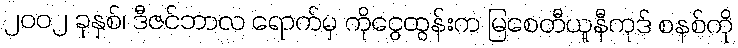
၂၀၀၂ ခုနှစ်၊ ဒီဇင်ဘာလ ရောက်မှ ကိုငွေထွန်းက မြစေတီယူနီကုဒ် စနစ်ကို